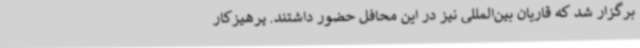
برگزار شد که قاریان بین‌المللی نیز در این محافل حضور داشتند. پرهیزکار